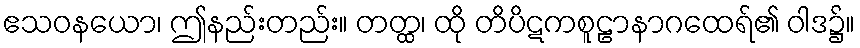
ဧသဝနယော၊ ဤနည်းတည်း။ တတ္ထ၊ ထို တိပိဋကစူဠာနာဂထေရ်၏ ဝါဒ၌။